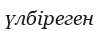
үлбіреген